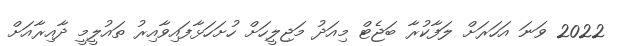
2022 ވަނަ އަހަރަށް ލަފާކުރާ ބަޖެޓް މިއަދު މަޖިލީހަށް ހުށަހަޅާފައިވާއިރު ތައުލީމީ ދާއިރާއަށް